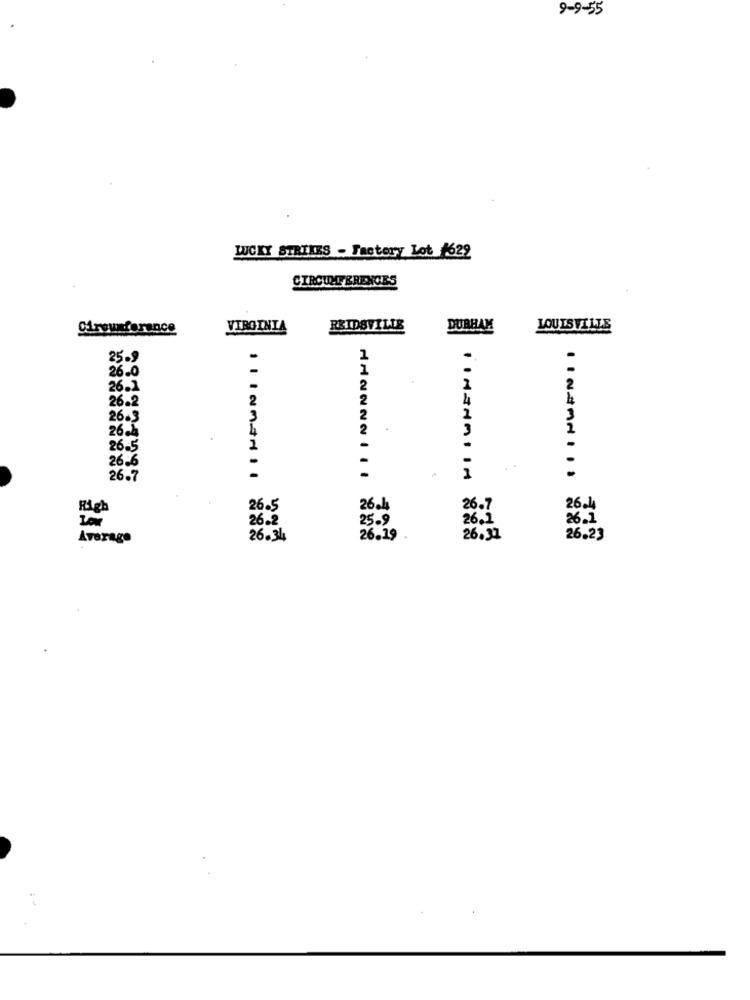
9-9-55
LUCKY STRIKES - Factory Lot #622
CIRCUMFERENCES
Cireuxferance
VIRGINIA
REIDSVILLE
DUBBAM
LOUISVILLE
25.9
26.0
26.2
26.2
2
4
26.3
26.4
26-5
1
26.6
26.7
Righ
26.5
26 .h
26.7
26.14
Low
26.2
25.9
26.5
26.1
Average
26.34
26.19
26.31
26.23